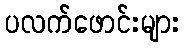
ပလက်ဖောင်းများ